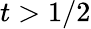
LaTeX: t>1/2